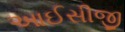
આઈસીજી